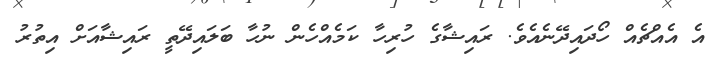
އެ އެއްޗެއް ހޯދައިދޭނެއެވެ. ރައިޝާގެ ހުރިހާ ކަމެއްހެން ނުހާ ބަލައިދޭތީ ރައިޝާއަށް އިތުރު